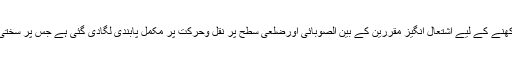
پُرامن ماحول کو برقرار رکھنے کے لیے اشتعال انگیز مقررین کے بین الصوبائی اورضلعی سطح پر نقل وحرکت پر مکمل پابندی لگادی گئی ہے جس پر سختی سے عمل کرایا جائے گا ۔